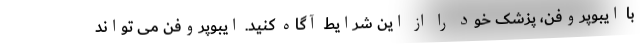
با ایبوپروفن، پزشک خود را از این شرایط آگاه کنید. ایبوپروفن می تواند